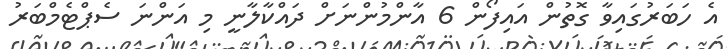
އެ ހަބަރުގައިވާ ގޮތުން އައިފޯން 6 އާންމުންނަށް ދައްކާލާނީ މި އަންނަ ސެޕްޓެމްބަރު